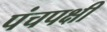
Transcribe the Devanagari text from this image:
पंचपक्षी